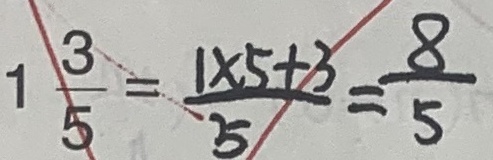
1 \frac { 3 } { 5 } = \frac { 1 \times 5 + 3 } { 5 } = \frac { 8 } { 5 }